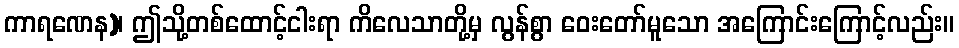
ကာရဏေန)၊ ဤသို့တစ်ထောင့်ငါးရာ ကိလေသာတို့မှ လွန်စွာ ဝေးတော်မူသော အကြောင်းကြောင့်လည်း။